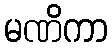
မဏိကာ